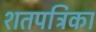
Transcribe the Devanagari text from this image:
शतपत्रिका